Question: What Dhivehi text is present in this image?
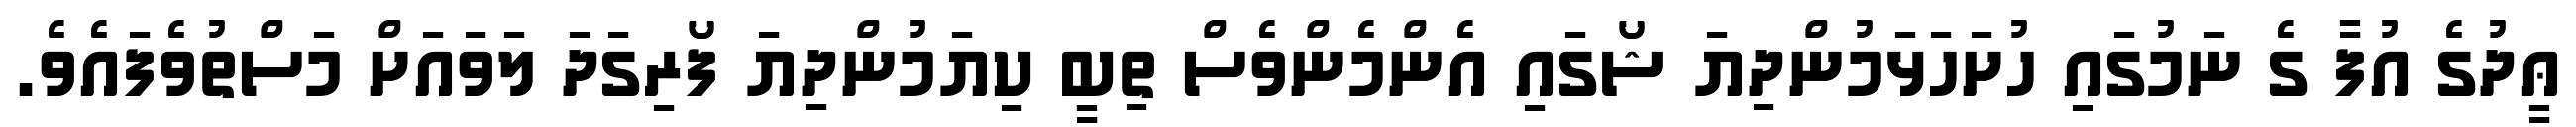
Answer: ޢީދުގެ އުފާ ގެ ނަމުގައި ހުށަހަޅަމުންދިޔަ ޝޯގައި އެންމެންވެސް ތިބީ ކިޔަމުންދިޔަ ފޯރިގަދަ ލަވައަށް މަސްތުވެފައެވެ.